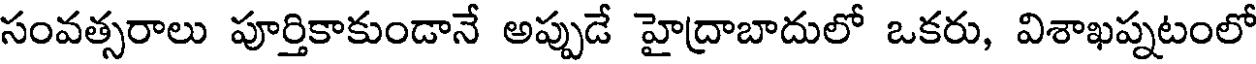
సంవత్సరాలు పూర్తికాకుండానే అప్పుడే హైద్రాబాదులో ఒకరు, విశాఖప్నటంలో